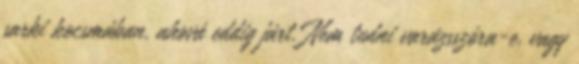
sarki kocsmában, ahová eddig járt. Nem tudni varázsszóra-e, vagy